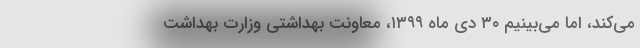
می‌کند، اما می‌بینیم ۳۰ دی ماه ۱۳۹۹، معاونت بهداشتی وزارت بهداشت